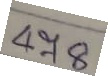
478